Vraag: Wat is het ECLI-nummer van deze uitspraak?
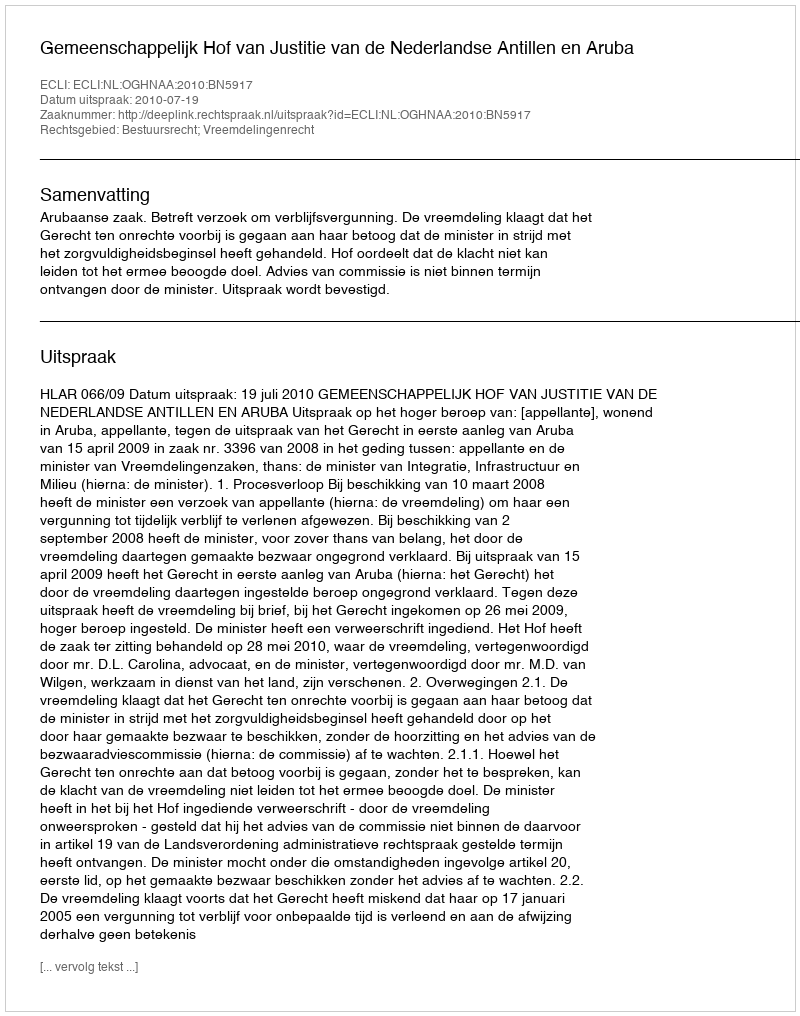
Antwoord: ECLI:NL:OGHNAA:2010:BN5917